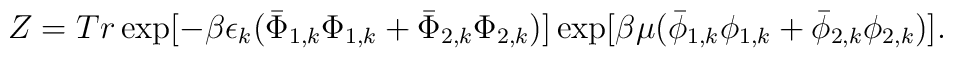
Z= Tr \exp[-\beta\epsilon_{k}(\bar{\Phi}_{1,k}\Phi_{1,k}+\bar{\Phi}_{2,k}\Phi_{2,k})]\exp[\beta\mu(\bar{\phi}_{1,k}\phi_{1,k}+\bar{\phi}_{2,k}\phi_{2,k})].